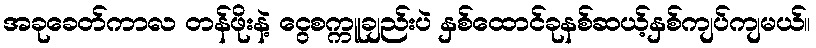
အခုခေတ်ကာလ တန်ဖိုးနဲ့ ငွေစက္ကူချည်းပဲ နှစ်ထောင်ခုနစ်ဆယ့်နှစ်ကျပ်ကျမယ်။